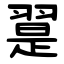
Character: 翨